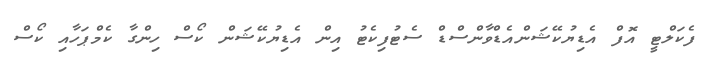
ފެކަލްޓީ އޮފް އެޑިޔުކޭޝަންއެޑްވާންސްޑް ސެޓުފިކެޓު އިން އެޑިޔުކޭޝަން ކޯސް ހިންގާ ކެމްޕަހާއި ކޯސް